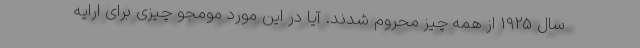
سال 1925 از همه چیز محروم شدند. آیا در این مورد مومجو چیزی برای ارایه